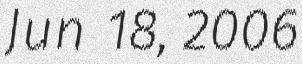
Jun 18, 2006